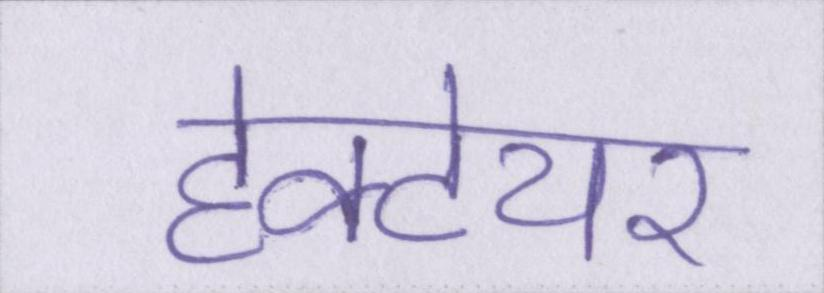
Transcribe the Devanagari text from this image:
हेक्टेयर